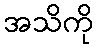
အသိကို